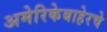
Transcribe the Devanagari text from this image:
अमेरिकेबाहेरचे